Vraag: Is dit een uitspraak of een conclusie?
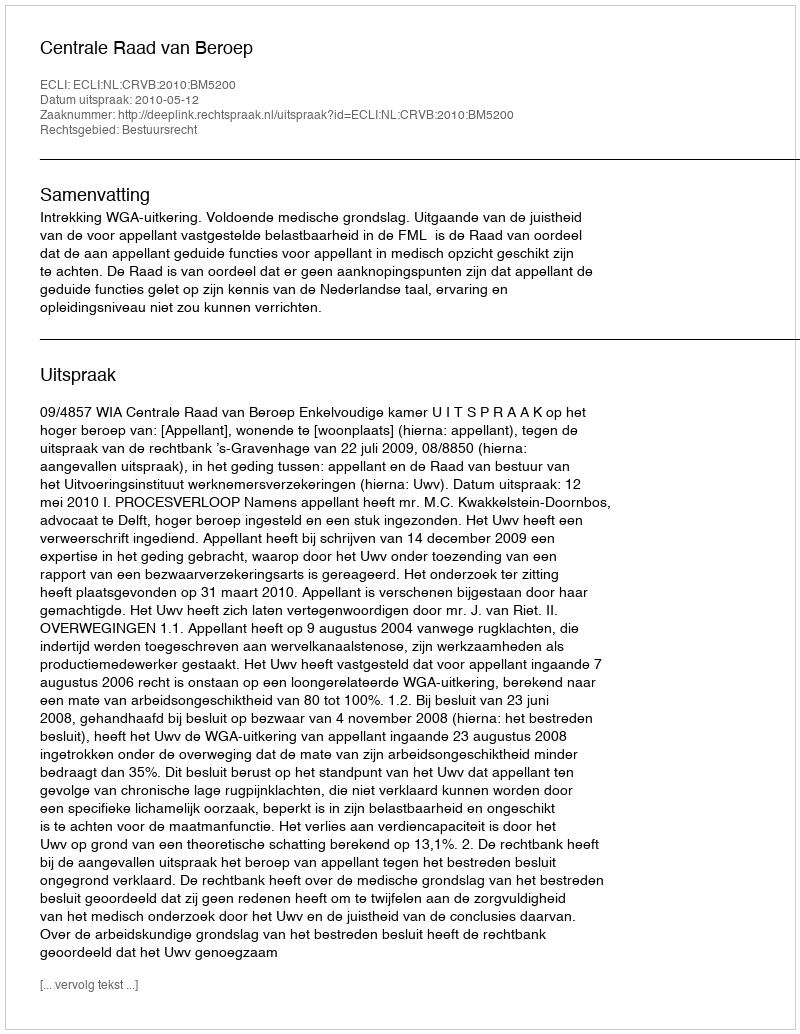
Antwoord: Uitspraak